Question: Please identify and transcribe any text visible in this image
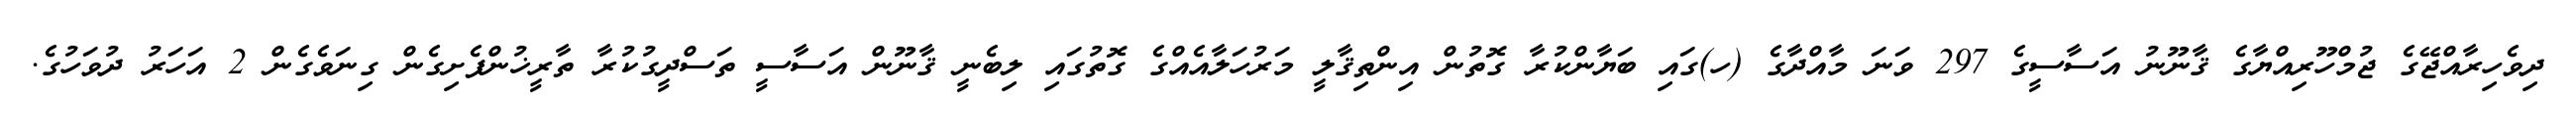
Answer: ދިވެހިރާއްޖޭގެ ޖުމްހޫރިއްޔާގެ ޤާނޫނު އަސާސީގެ 297 ވަނަ މާއްދާގެ (ހ)ގައި ބަޔާންކުރާ ގޮތުން އިންތިޤާލީ މަރުހަލާއެއްގެ ގޮތުގައި ލިބެނީ ޤާނޫން އަސާސީ ތަސްދީގުކުރާ ތާރީޚުންފެށިގެން ގިނަވެގެން 2 އަހަރު ދުވަހުގެ.